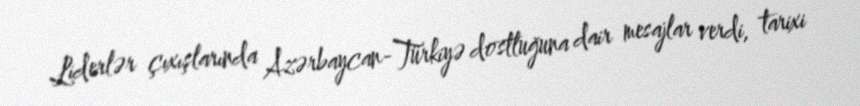
Liderlər çıxışlarında Azərbaycan-Türkiyə dostluğuna dair mesajlar verdi, tarixi